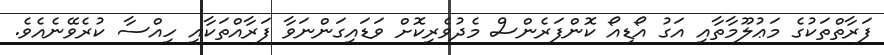
ފަރާތްތަކުގެ މަޢުލޫމާތާއި އަގު އޯޑިއޯ ކޮންފަރެންސް މެދުވެރިކޮށް ވަޑައިގަންނަވާ ފަރާއްތަކާއި ހިއްސާ ކުރެވޭނެއެވެ.